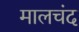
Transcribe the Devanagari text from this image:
मालचंद